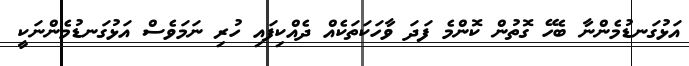
އަޅުގަނޑުމެންނާ ބެހޭ ގޮތުން ކޮންމެ ފަދަ ވާހަކަތަކެއް ދެއްކިފައި ހުރި ނަމަވެސް އަޅުގަނޑުމެންނަކީ